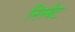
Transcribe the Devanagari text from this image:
निस्बेट